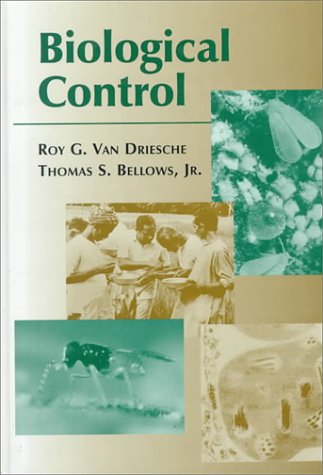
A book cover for Biological Control; Roy Van Driesche; Crafts, Hobbies & Home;